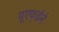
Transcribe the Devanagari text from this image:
यूएफ्ईने